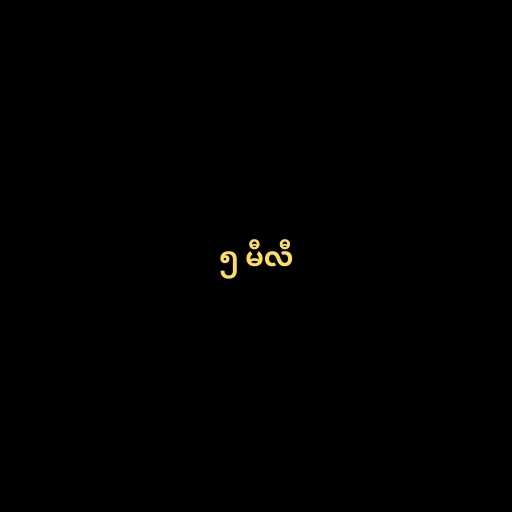
၅ မီလီ